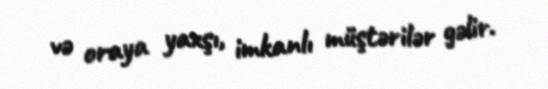
və oraya yaxşı, imkanlı müştərilər gəlir.